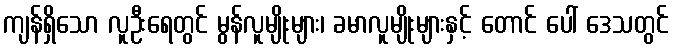
ကျန်ရှိသော လူဦးရေတွင် မွန်လူမျိုးများ၊ ခမာလူမျိုးများနှင့် တောင် ပေါ် ဒေသတွင်